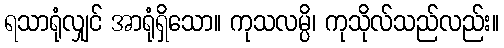
ရသာရုံလျှင် အာရုံရှိသော။ ကုသလမ္ပိ၊ ကုသိုလ်သည်လည်း။